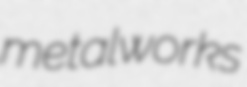
metalworks